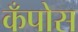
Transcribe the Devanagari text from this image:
कँपोस